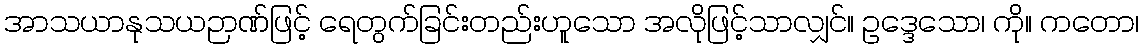
အာသယာနုသယဉာဏ်ဖြင့် ရေတွက်ခြင်းတည်းဟူသော အလိုဖြင့်သာလျှင်။ ဥဒ္ဒေသော၊ ကို။ ကတော၊